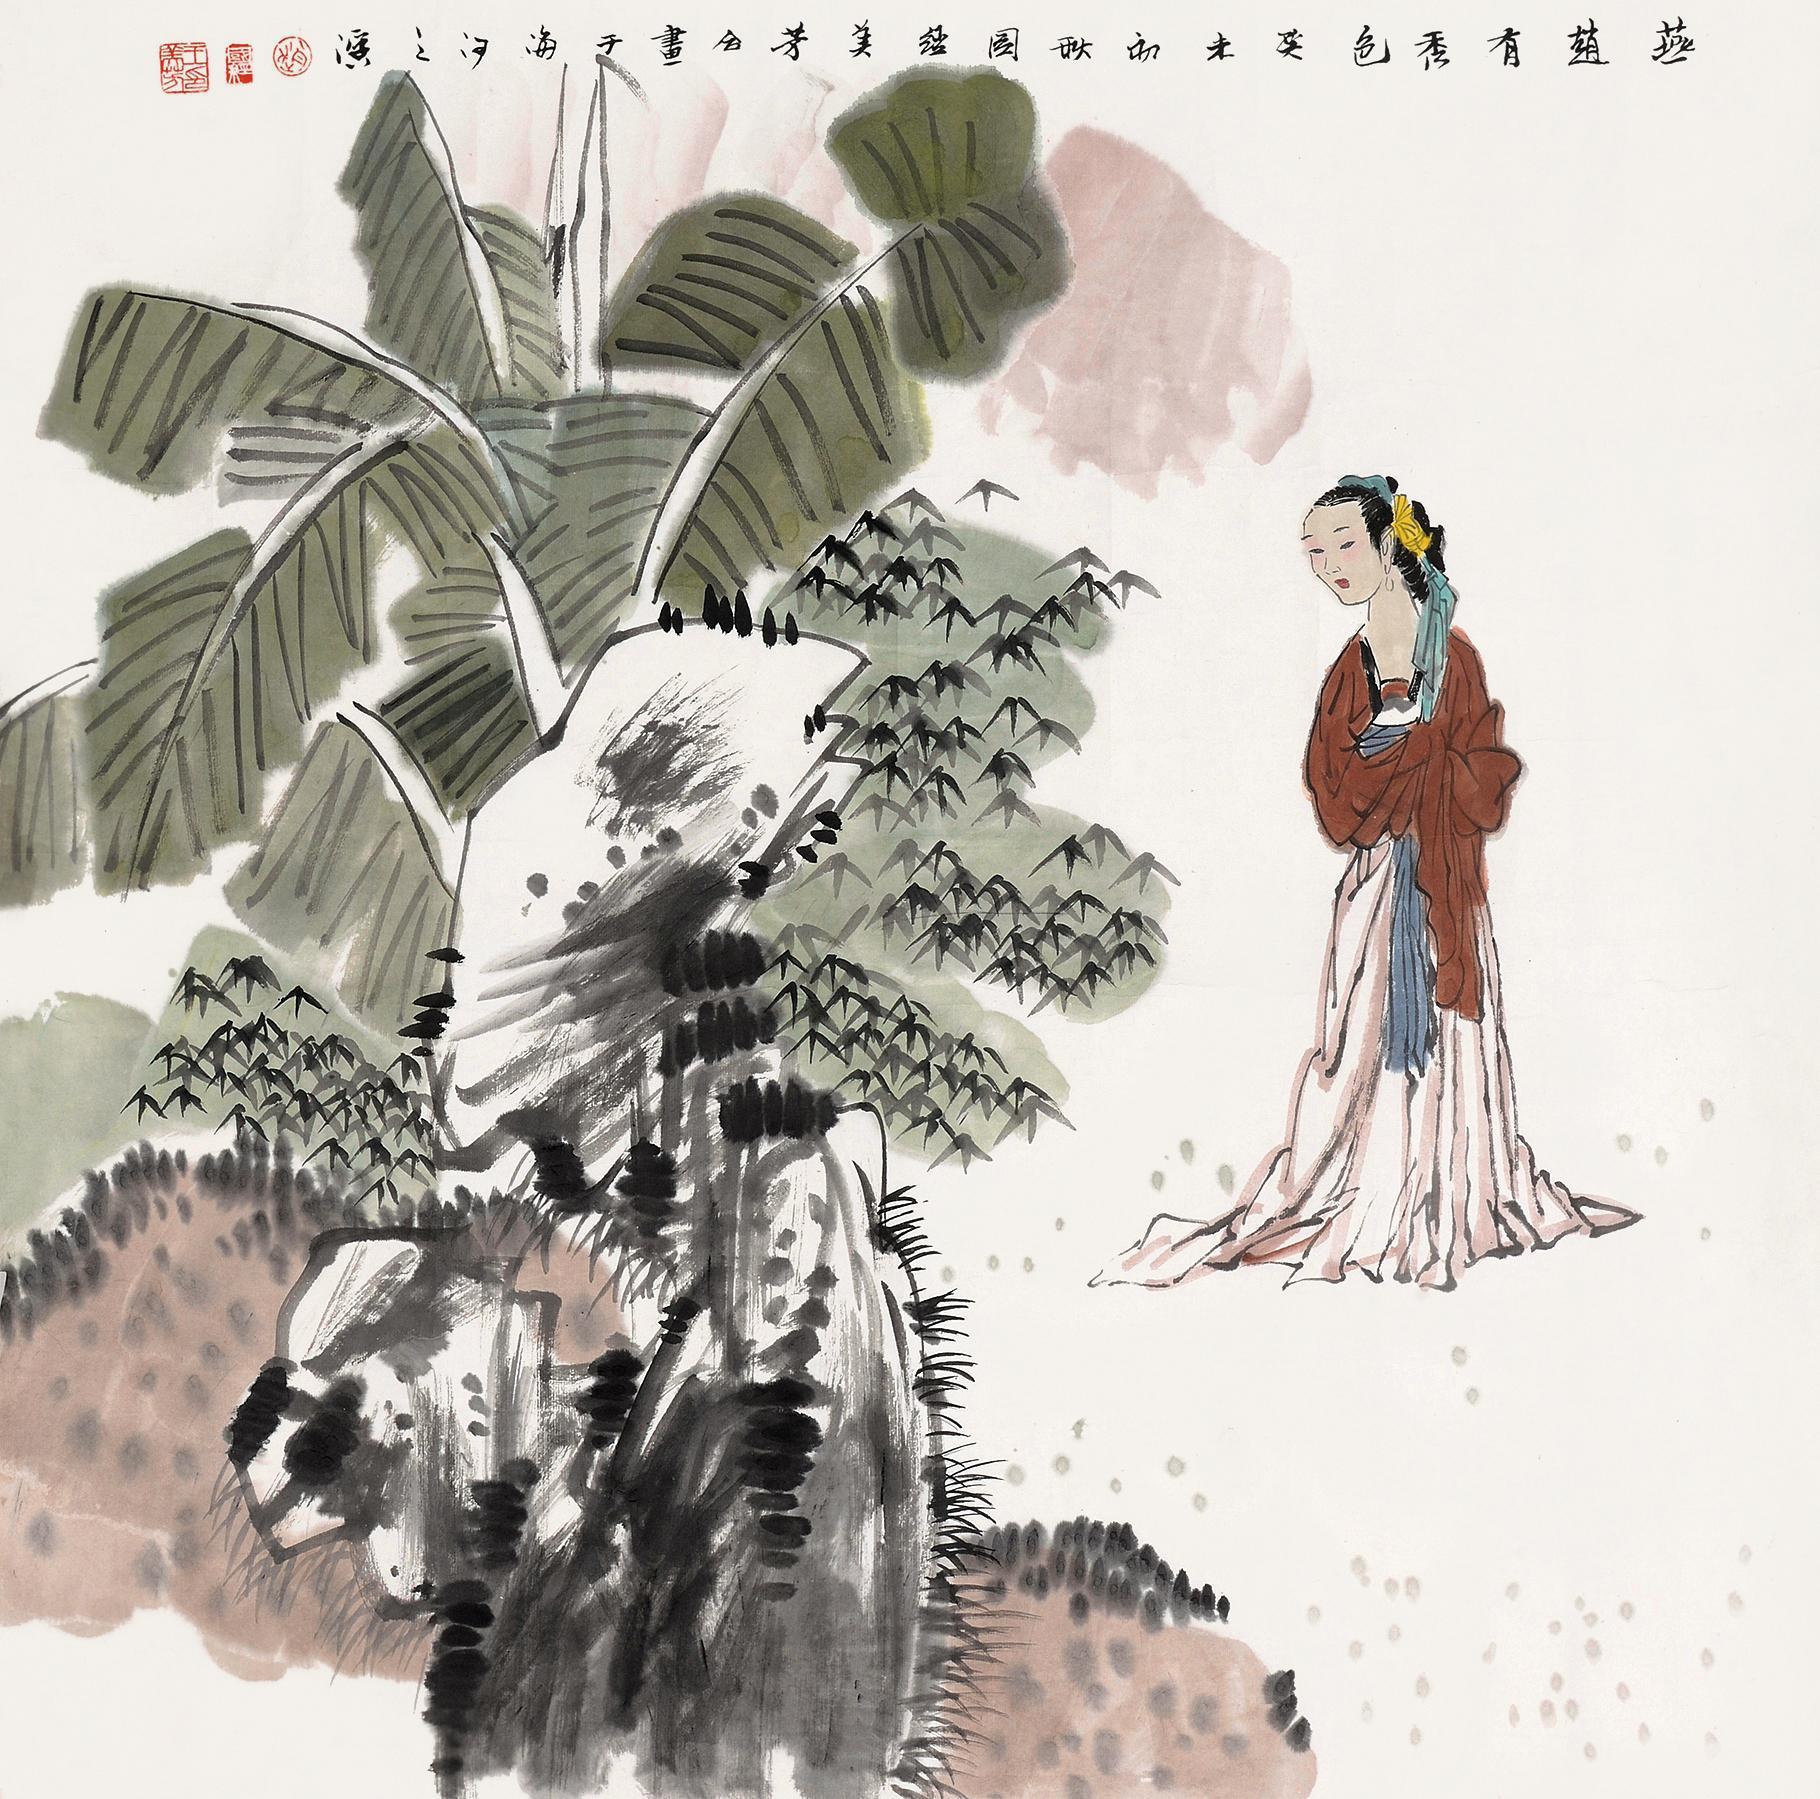
十年重见，依旧秀色照清眸。